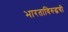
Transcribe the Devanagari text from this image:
भारताविरुद्धची